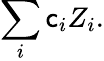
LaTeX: \sum_{i}\mathsf{c}_{i}Z_{i}.